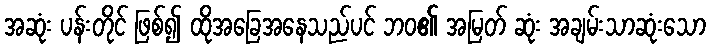
အဆုံး ပန်းတိုင် ဖြစ်၍ ထိုအခြေအနေသည်ပင် ဘဝ၏ အမြတ် ဆုံး အချမ်းသာဆုံးသော